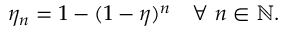
\eta _ { n } = 1 - ( 1 - \eta ) ^ { n } ~ ~ ~ \forall ~ n \in \mathbb { N } .